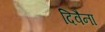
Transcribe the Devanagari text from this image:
दिवैना